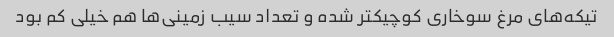
تیکه‌های مرغ سوخاری کوچیکتر شده و تعداد سیب زمینی‌ها هم خیلی کم بود